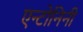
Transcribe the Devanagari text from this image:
एन्टोनिनी